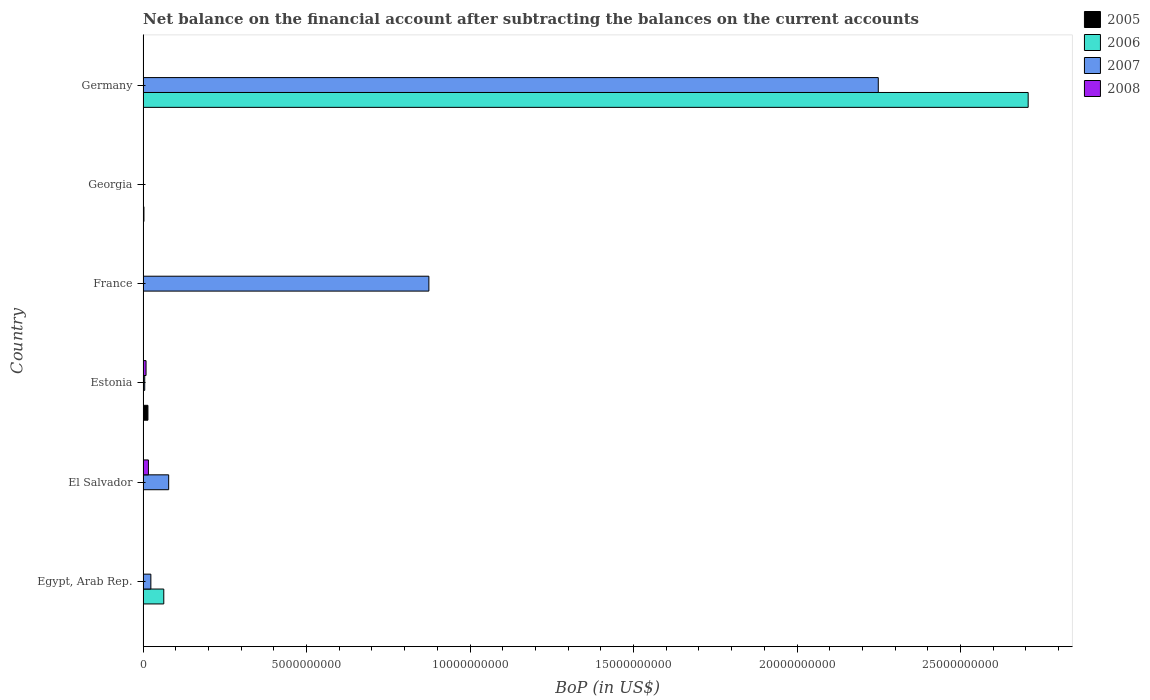
| Country | 2005 | 2006 | 2007 | 2008 |
 | --- | --- | --- | --- | --- |
 | Egypt, Arab Rep. | -2.43e+09 | 6.33e+08 | 2.39e+08 | -2.9e+09 |
 | El Salvador | -4.49e+08 | -4.85e+08 | 7.83e+08 | 1.64e+08 |
 | Estonia | 1.49e+08 | -1.85e+08 | 5.07e+07 | 9.13e+07 |
 | France | -1.18e+10 | -3.13e+10 | 8.74e+09 | -1.89e+10 |
 | Georgia | 2.65e+07 | -5.95e+07 | -3.6e+07 | -5.99e+07 |
 | Germany | -8.74e+09 | 2.71e+10 | 2.25e+10 | -2.76e+10 |